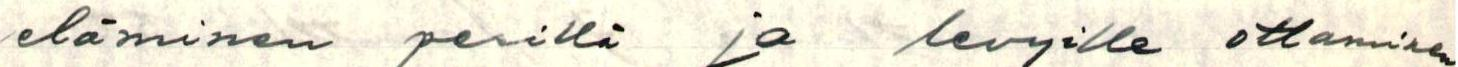
eläminen perillä ja levyille ottaminen